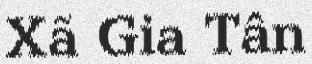
Xã Gia Tân